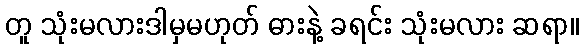
တူ သုံးမလားဒါမှမဟုတ် ဓားနဲ့ ခရင်း သုံးမလား ဆရာ။